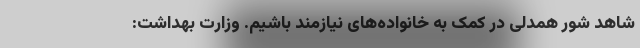
شاهد شور همدلی در کمک به خانواده‌های نیازمند باشیم. وزارت بهداشت: